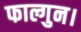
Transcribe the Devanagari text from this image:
फाल्गुन।